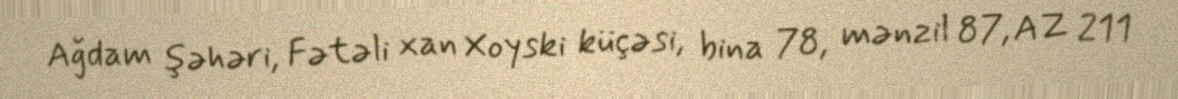
Ağdam şəhəri, Fətəli xan Xoyski küçəsi, bina 78, mənzil 87, AZ 211